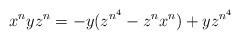
LaTeX: \begin{align*}x^nyz^n = -y(z^{n^4}-z^nx^n)+yz^{n^4}\end{align*}